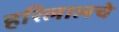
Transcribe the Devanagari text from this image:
हरिलालचे